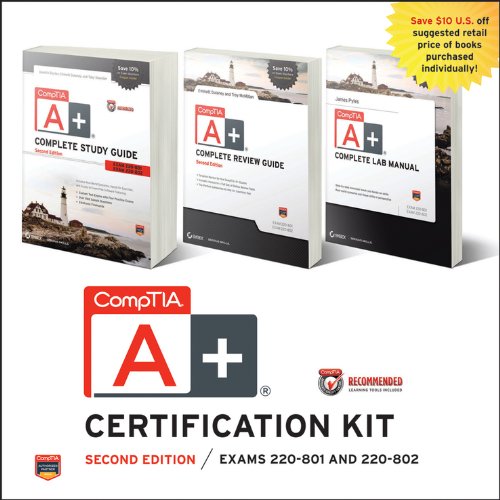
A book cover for CompTIA A+ Complete Certification Kit Recommended Courseware: Exams 220-801 and 220-802; Quentin Docter; Computers & Technology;